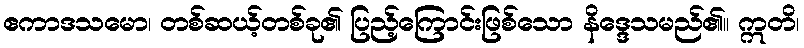
ဧကာဒသမော၊ တစ်ဆယ့်တစ်ခု၏ ပြည့်ကြောင်းဖြစ်သော နိဒ္ဒေသမည်၏။ ဣတိ၊